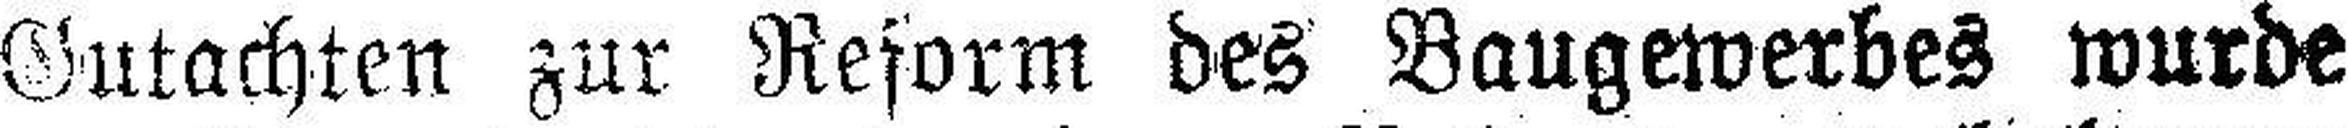
Gutachten zur Reform des Baugewerbes wurde